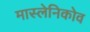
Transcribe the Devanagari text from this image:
मास्लेनिकोव